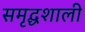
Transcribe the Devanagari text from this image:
समृद्घशाली